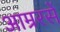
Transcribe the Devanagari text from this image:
आम्ररसें